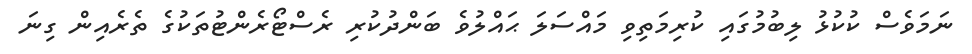
ނަމަވެސް ކުކުޅު ލިބުމުގައި ކުރިމަތިވި މައްސަލަ ޙައްލުވެ ބަންދުކުރި ރެސްޓޯރެންޓުތަކުގެ ތެރެއިން ގިނަ